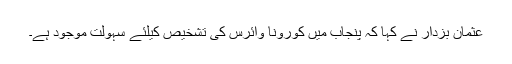
عثمان بزدار نے کہا کہ پنجاب میں کورونا وائرس کی تشخیص کیلئے سہولت موجود ہے۔